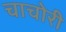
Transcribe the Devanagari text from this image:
चाचोरी